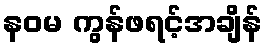
နဝမ ကွန်ဖရင့်အချိန်